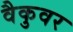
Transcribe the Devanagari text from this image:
वैकुवर